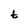
Character: t